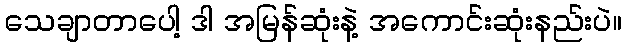
သေချာတာပေါ့ ဒါ အမြန်ဆုံးနဲ့ အကောင်းဆုံးနည်းပဲ။